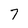
Character: 7